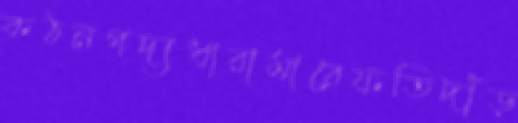
কঠনগদ্যধারামারেফতিদাঁড়